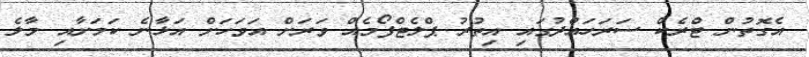
އެގޮތުން ޓްރެކް ސަރަހައްދުގައި އިތުރު ޕްލެޓްފޯމެއް ވަރަށް އަވަހަށް އަޅާނެ ކަމަށާއި މާލެ